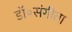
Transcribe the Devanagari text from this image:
डॉ॰संगीता